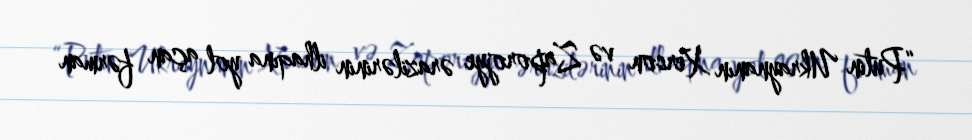
“Putin Ukraynanın Xerson və Zaporojye ərazilərinin ilhaqına yol açan fərman